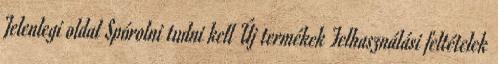
Jelenlegi oldal Spórolni tudni kell Új termékek Felhasználási feltételek